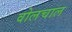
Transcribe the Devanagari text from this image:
वोलचाल